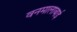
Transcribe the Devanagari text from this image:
वनमालाबाई